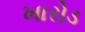
ખારોડ